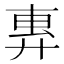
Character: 𫸜